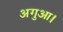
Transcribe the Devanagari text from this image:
अगुआ।